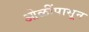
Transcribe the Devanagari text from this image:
ओळींपासून